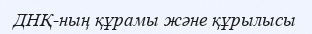
ДНҚ-ның құрамы және құрылысы